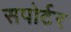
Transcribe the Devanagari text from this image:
सपोर्टर